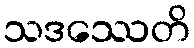
သဒဿေတိ